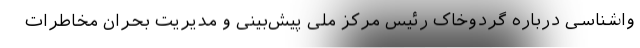
واشناسی درباره گردوخاک رئیس مرکز ملی پیش‌بینی و مدیریت بحران مخاطرات